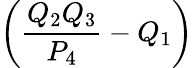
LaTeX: \left(\frac{Q_{2}Q_{3}}{P_{4}}-Q_{1}\right)